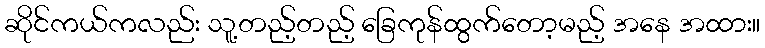
ဆိုင်ကယ်ကလည်း သူ့တည့်တည့် ခြေကုန်ထွက်တော့မည့် အနေ အထား။